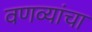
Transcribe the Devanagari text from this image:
वणव्यांचा